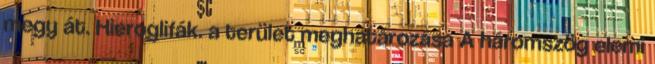
megy át. Hieroglifák. a terület meghatározása A háromszög elemi